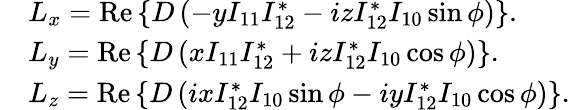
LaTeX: \begin{array}{rl}&{L_{x}=\operatorname{Re}\left\{ D\left(-yI_{11}I_{12}^{*}-izI_{12}^{*}I_{10}\sin\phi\right)\right\} .}\\ &{L_{y}=\operatorname{Re}\left\{ D\left(xI_{11}I_{12}^{*}+izI_{12}^{*}I_{10}\cos\phi\right)\right\} .}\\ &{L_{z}=\operatorname{Re}\left\{ D\left(ixI_{12}^{*}I_{10}\sin\phi-iyI_{12}^{*}I_{10}\cos\phi\right)\right\} .}\end{array}